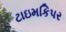
ટાઇમકિપર